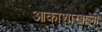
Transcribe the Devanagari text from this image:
आकाशाखाली